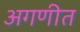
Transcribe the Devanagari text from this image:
अगणीत